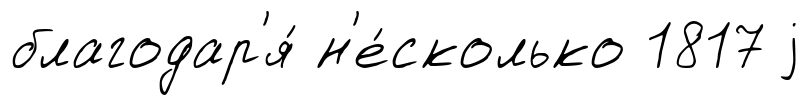
благодар'я́ н'е́сколько 1817 j